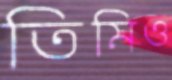
তিমিও